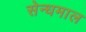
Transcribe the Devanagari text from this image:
सेन्धमाल